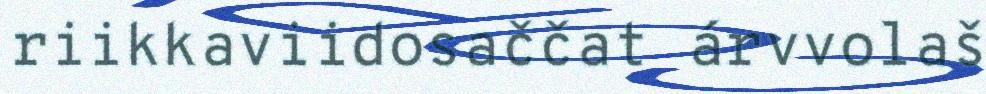
riikkaviidosaččat árvvolaš